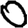
Digit: 0